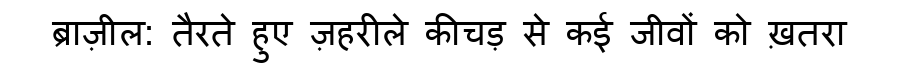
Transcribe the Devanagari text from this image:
ब्राज़ील: तैरते हुए ज़हरीले कीचड़ से कई जीवों को ख़तरा